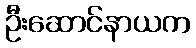
ဦးဆောင်နာယက